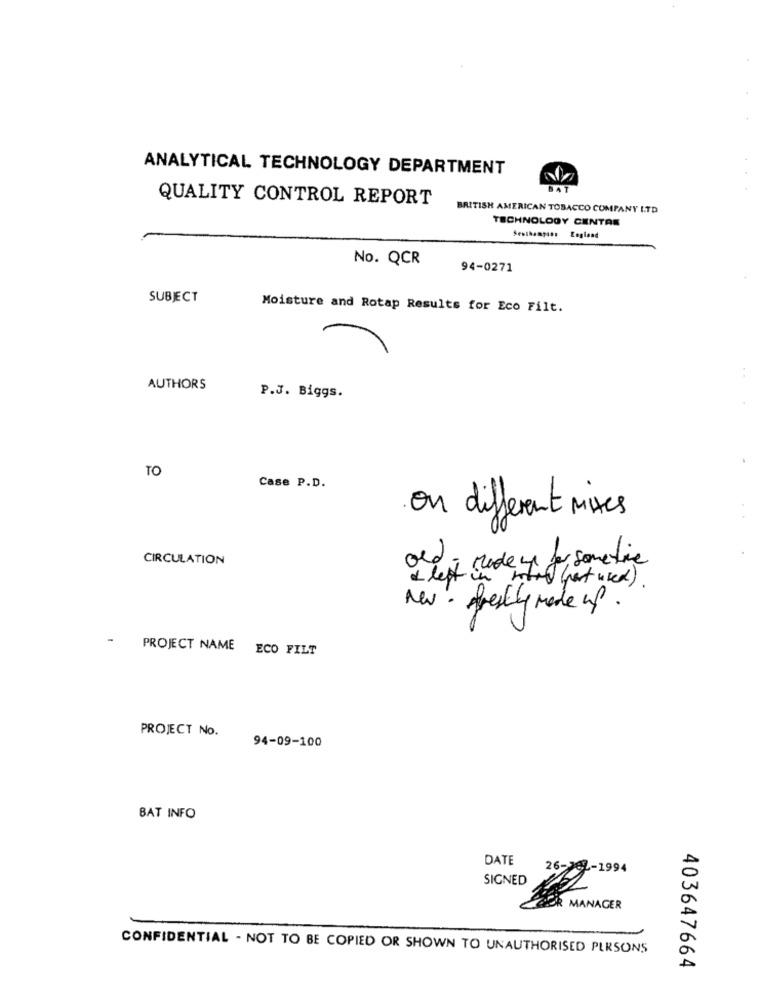
ANALYTICAL TECHNOLOGY DEPARTMENT
QUALITY CONTROL REPORT
BRITISH AMERICAN TOBACCO COMPANY LTD
TECHNOLOGY CENTRE
Senthampass England
No. QCR
94-0271
SUBJECT
Moisture and Rotap Results for Eco Filt.
7
AUTHORS
P.J. Biggs.
TO
Case P.D.
on different mixes
CIRCULATION
old ; Made up for sometice
+ left in
intel (not used ) .
New · freshly made up.
-
PROJECT NAME ECO FILT
PROJECT No.
94-09-100
BAT INFO
DATE
26-202-1994
SIGNED
OR MANAGER
CONFIDENTIAL - NOT TO BE COPIED OR SHOWN TO UNAUTHORISED PERSONS
403647664